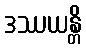
ဒဿယန္တိ